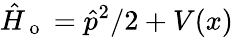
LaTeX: \hat{H}_{\mathrm{~o~}}=\hat{p}^{2}/2+V(x)